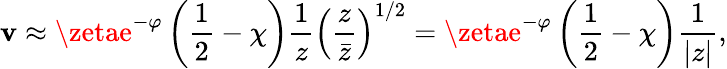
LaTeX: \mathbf{v}\approx\zetae^{-\varphi}\left(\frac{{1}}{{2}}-\chi\right)\frac{{1}}{{z}}\left(\frac{{z}}{{\bar{{z}}}}\right)^{1/2}=\zetae^{-\varphi}\left(\frac{{1}}{{2}}-\chi\right)\frac{{1}}{{|z|}},